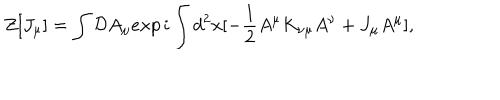
LaTeX: Z [ J _ { \mu } ] = \int { \cal D } A _ { \mu } e x p \, i \int d ^ { 2 } x [ - { \frac { 1 } { 2 } } A ^ { \mu } K _ { \nu \mu } A ^ { \nu } + J _ { \mu } A ^ { \mu } ] ,